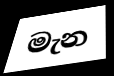
මැන